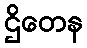
ဌိတေန